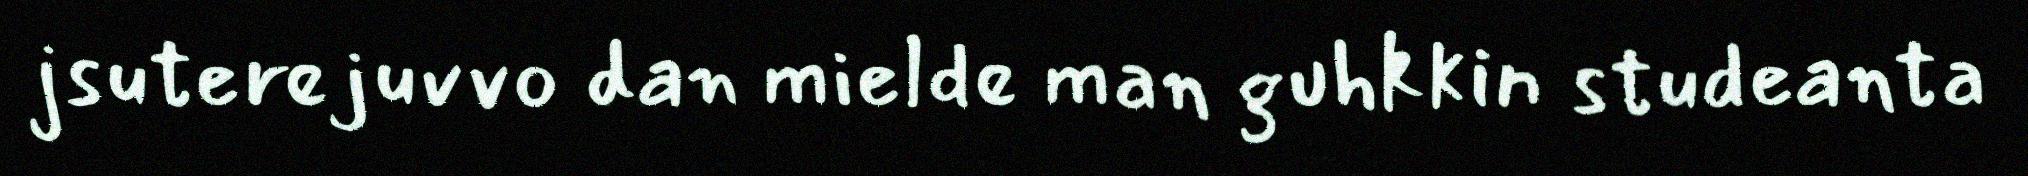
jsuterejuvvo dan mielde man guhkkin studeanta